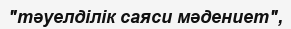
"тәуелділік саяси мәдениет",